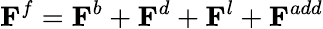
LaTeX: \mathbf{F}^{f}=\mathbf{F}^{b}+\mathbf{F}^{d}+\mathbf{F}^{l}+\mathbf{F}^{add}